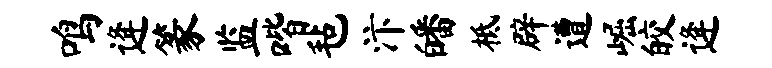
鸣逄篆监喈毡汴皤柢辟遭崛皎逄